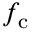
f _ { \mathrm { c } }